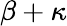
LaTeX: \beta+\kappa